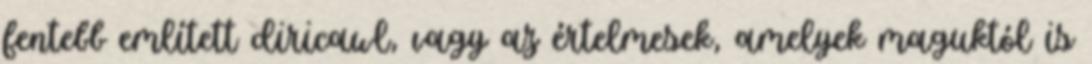
fentebb említett diricawl, vagy az értelmesek, amelyek maguktól is